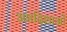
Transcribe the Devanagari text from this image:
अष्टदिशाओं